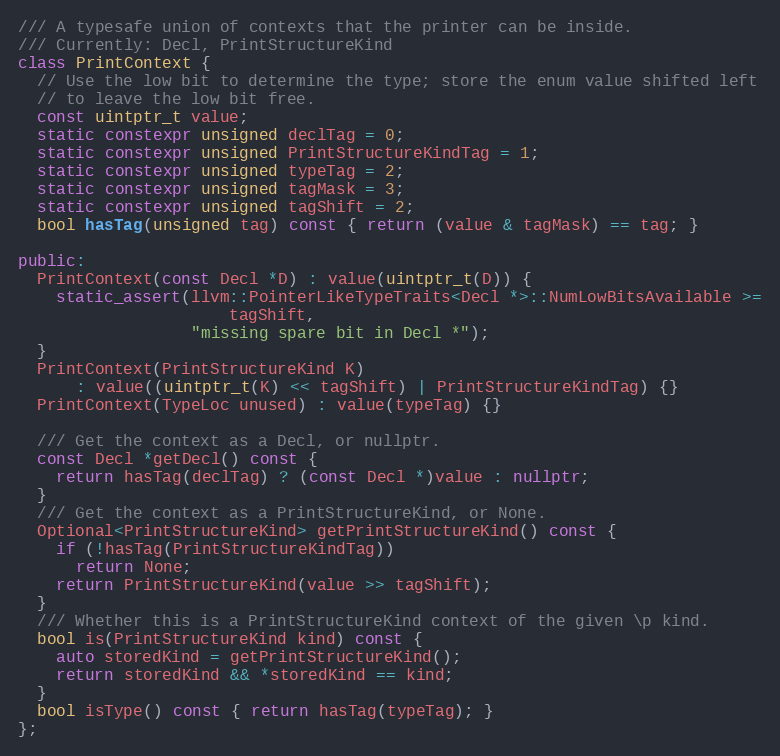
Language: C++
/// A typesafe union of contexts that the printer can be inside.
/// Currently: Decl, PrintStructureKind
class PrintContext {
  // Use the low bit to determine the type; store the enum value shifted left
  // to leave the low bit free.
  const uintptr_t value;
  static constexpr unsigned declTag = 0;
  static constexpr unsigned PrintStructureKindTag = 1;
  static constexpr unsigned typeTag = 2;
  static constexpr unsigned tagMask = 3;
  static constexpr unsigned tagShift = 2;
  bool hasTag(unsigned tag) const { return (value & tagMask) == tag; }

public:
  PrintContext(const Decl *D) : value(uintptr_t(D)) {
    static_assert(llvm::PointerLikeTypeTraits<Decl *>::NumLowBitsAvailable >=
                      tagShift,
                  "missing spare bit in Decl *");
  }
  PrintContext(PrintStructureKind K)
      : value((uintptr_t(K) << tagShift) | PrintStructureKindTag) {}
  PrintContext(TypeLoc unused) : value(typeTag) {}

  /// Get the context as a Decl, or nullptr.
  const Decl *getDecl() const {
    return hasTag(declTag) ? (const Decl *)value : nullptr;
  }
  /// Get the context as a PrintStructureKind, or None.
  Optional<PrintStructureKind> getPrintStructureKind() const {
    if (!hasTag(PrintStructureKindTag))
      return None;
    return PrintStructureKind(value >> tagShift);
  }
  /// Whether this is a PrintStructureKind context of the given \p kind.
  bool is(PrintStructureKind kind) const {
    auto storedKind = getPrintStructureKind();
    return storedKind && *storedKind == kind;
  }
  bool isType() const { return hasTag(typeTag); }
};